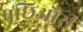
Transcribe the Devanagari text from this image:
पछिऔरी